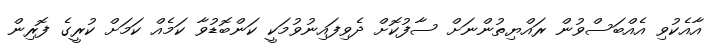
އާއެކުވި އެއްބަސްވުން ރައްޔިތުންނަށް ސާފުކޮށް ދެވިފައިނުވުމަކީ ކަންބޮޑުވާ ކަމެއް ކަމަށް ކުރީގެ ފޮރިން